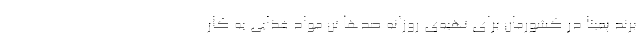
برند پمینا در کشورمان برای تهیه‌ی روزانه صدها تن مواد غذایی به کار